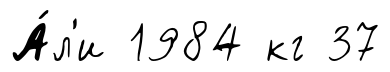
А́л'и 1984 кг 37